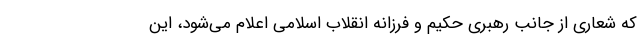
که شعاری از جانب رهبری حکیم و فرزانه انقلاب اسلامی اعلام می‌شود، این